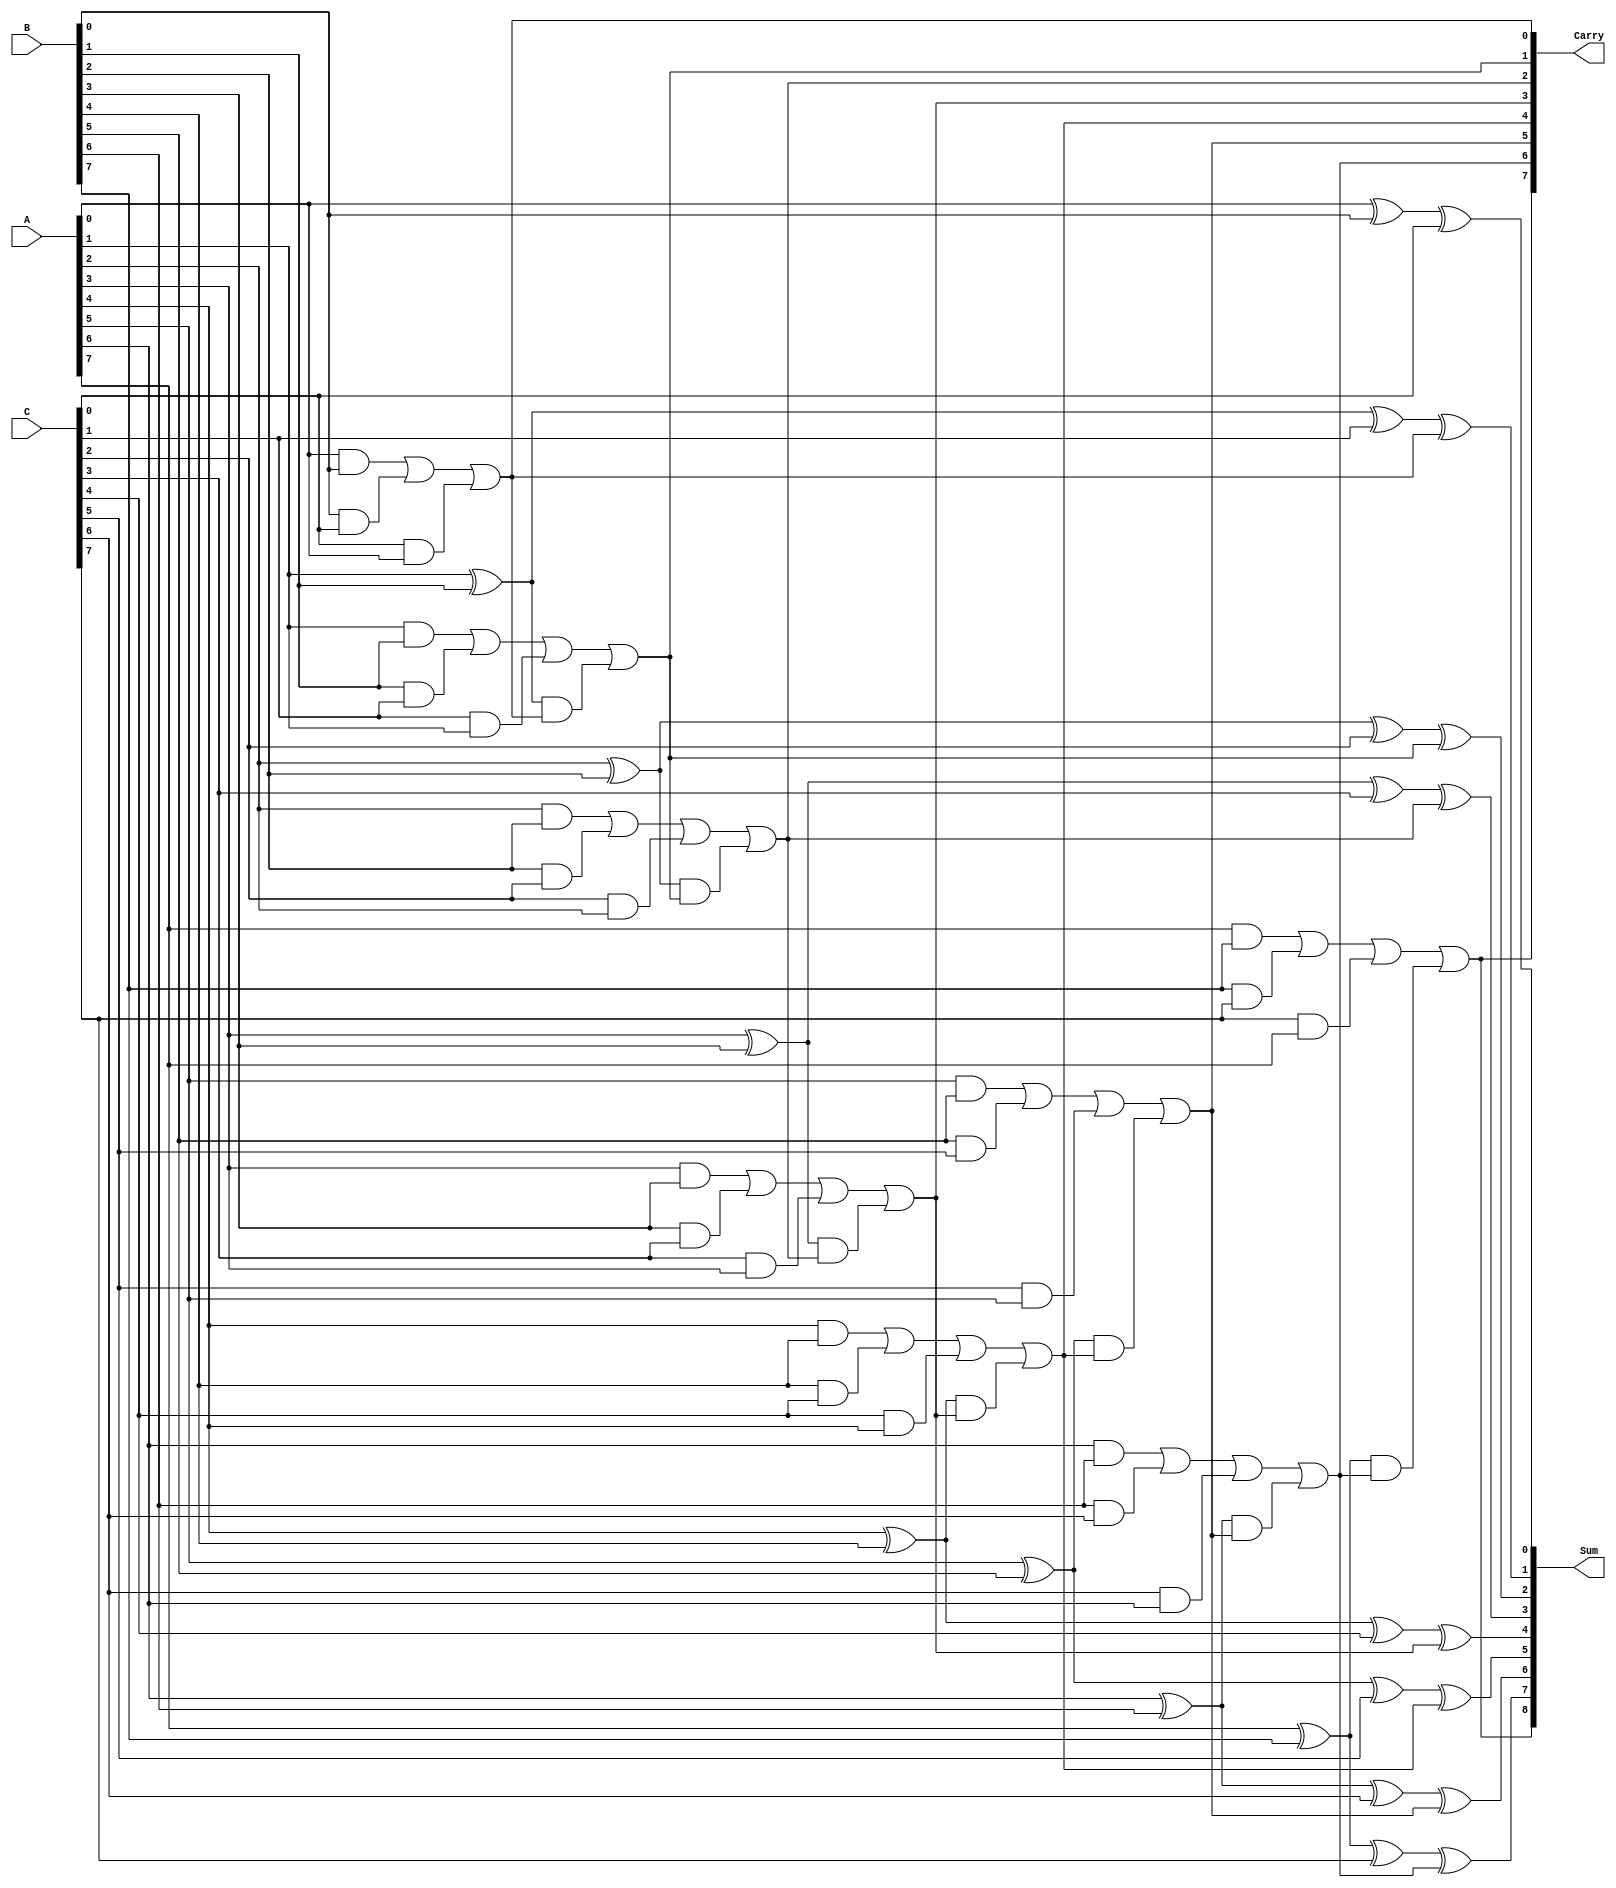
module Carry_Save_Adder #(parameter n = 8) (
    input  [n-1:0] A,    // First input vector
    input  [n-1:0] B,    // Second input vector
    input  [n-1:0] C,    // Third input vector
    output [n:0] Sum,     // Sum output vector (includes final carry)
    output [n-1:0] Carry   // Carry output vector
);

    wire [n-1:0] sum_intermediate;  // Intermediate sum outputs
    wire [n-1:0] carry_intermediate; // Intermediate carry outputs

    // Generate full adder for each bit
    genvar i;
    generate
        for (i = 0; i < n; i = i + 1) begin : full_adder
            if (i == 0) begin
                // For the least significant bit (LSB), the carry input is zero
                assign sum_intermediate[i] = A[i] ^ B[i] ^ C[i];
                assign carry_intermediate[i] = (A[i] & B[i]) | (B[i] & C[i]) | (C[i] & A[i]);
            end else begin
                // For other bits, use carry from previous stage
                assign sum_intermediate[i] = A[i] ^ B[i] ^ C[i] ^ carry_intermediate[i-1];
                assign carry_intermediate[i] = (A[i] & B[i]) | (B[i] & C[i]) | (C[i] & A[i]) |
                                                ((A[i] ^ B[i]) & carry_intermediate[i-1]);
            end
        end
    endgenerate

    // Final output sum is the intermediate sum plus the last carry
    assign Sum = {carry_intermediate[n-1], sum_intermediate};  // Final carry is placed in the MSB
    assign Carry = carry_intermediate;                          // Carry outputs of each bit

endmodule